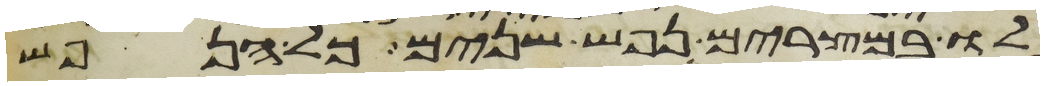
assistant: לו במצרים נפש שנים כל הנפש